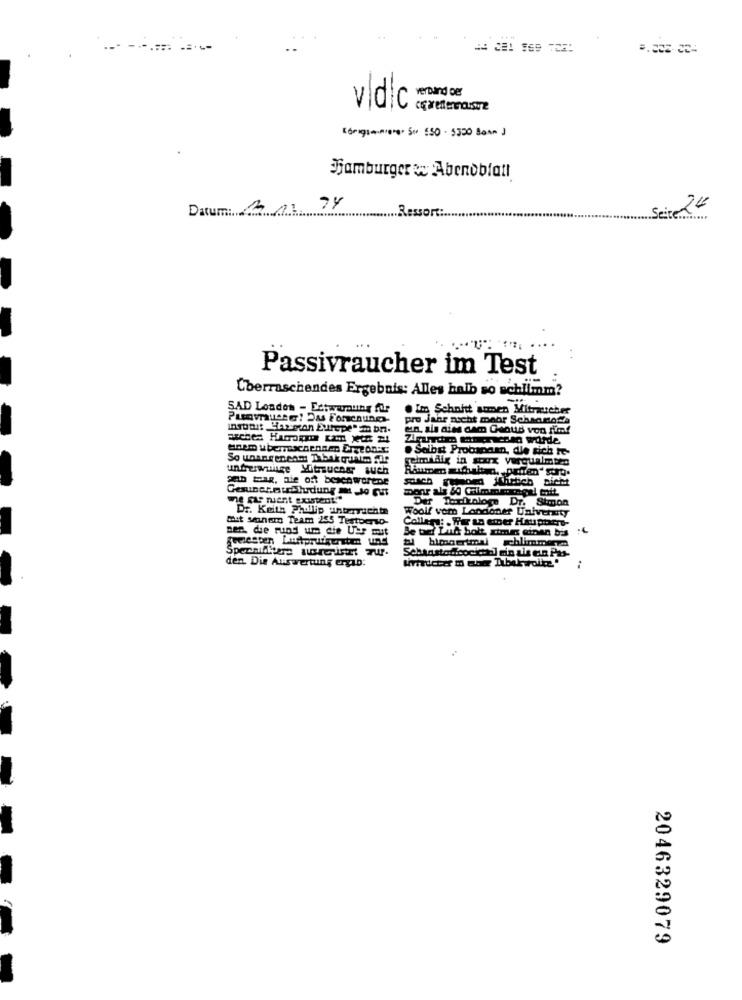
verband der
vldlc
Hamburger Abendblatt
Datum: 211
74
Seite 20
Ressort:
Passivraucher im Test
Überraschendes Ergebnis: Alles halb so schlimm?
SAD London - Ectwarnung für
. Im Schnitt simen Mitraucher
Punvruce! Das Forschungs-
pro Jaar nicht mehr Schannoch
ein. als dies cam Gaous von fim!
Zimrde manerache worde
.Selbst Probanaan, die sich te-
gelmildlik in soux verqualmten
unterwuitge Mitrucos auch
an Fax, nie oft besenworene
soach renom jthetich nicht
me aug ment existent!"
Der Toodologe Dr. Stmon
Dr. Keith Phillip unterrichts
Woolf vor Londoner University
Mit seiner Team 255 Testocrso-
Collaps: . Fr sa emer Hauptrrs-
nen. die rund um die Uer mut
Be tel Luc bolt ximin einen bis
# himgertmal schlimmern
den. Die Auswertung ergab:
2046329079